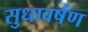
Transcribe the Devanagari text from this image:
सुधावर्षण